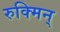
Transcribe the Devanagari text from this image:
रुक्मिन्‌